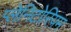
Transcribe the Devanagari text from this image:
प्लेनिटोरियम